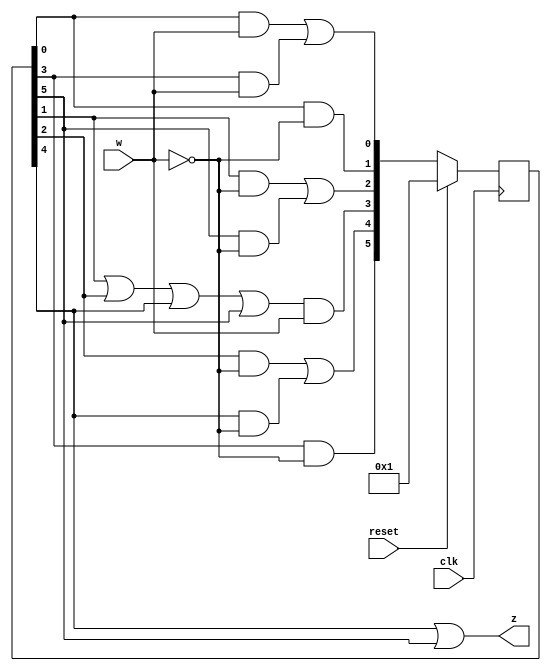
module top_module (
    input clk,
    input reset,     // synchronous reset
    input w,
    output z);
    
    parameter A=0,B=1,C=2,D=3,E=4,F=5;
    reg [5:0] ps, ns;
    
    always @(posedge clk) begin
        if(reset)
            ps <= 1;
        else
            ps <= ns;
    end
    
    always @(*) begin
        ns[A] = ps[A]&w | ps[D]&w;
        ns[B] = ps[A]&~w;
        ns[C] = ps[B]&~w | ps[F]&~w;
        ns[D] = (ps[B]|ps[C]|ps[E]|ps[F])&w;
        ns[E] = ps[C]&~w | ps[E]&~w;
        ns[F] = ps[D]&~w;
    end
    
    assign z = ps[E] | ps[F];

endmodule